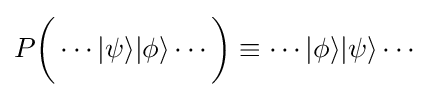
P{\bigg (}\cdots |\psi \rangle |\phi \rangle \cdots {\bigg )}\equiv \cdots |\phi \rangle |\psi \rangle \cdots